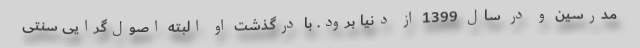
مدرسین و در سال 1399 از دنیا برود. با درگذشت او البته اصول‌گرایی سنتی